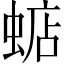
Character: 𧍈